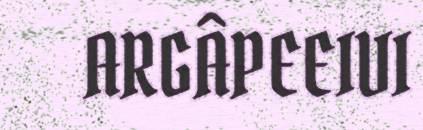
ARGÂPEEIVI